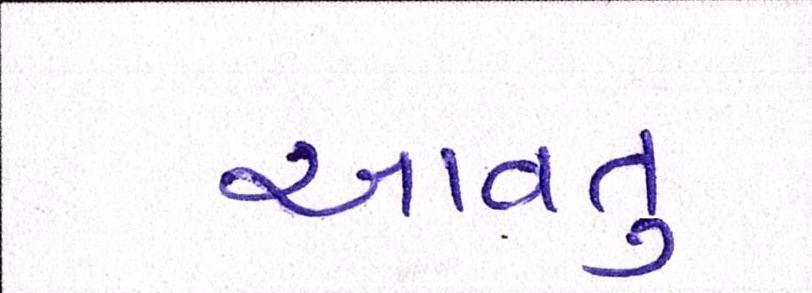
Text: આવતુ